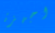
اجهزة